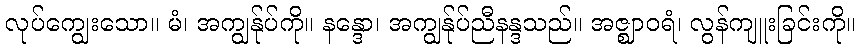
လုပ်ကျွေးသော။ မံ၊ အကျွန်ုပ်ကို။ နန္ဒော၊ အကျွန်ုပ်ညီနန္ဒသည်။ အဇ္ဈာဝရံ၊ လွန်ကျူးခြင်းကို။